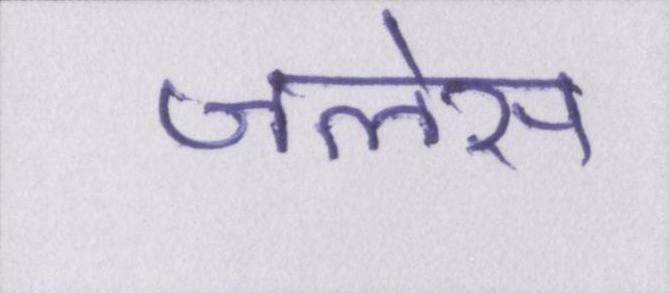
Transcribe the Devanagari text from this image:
जलेस